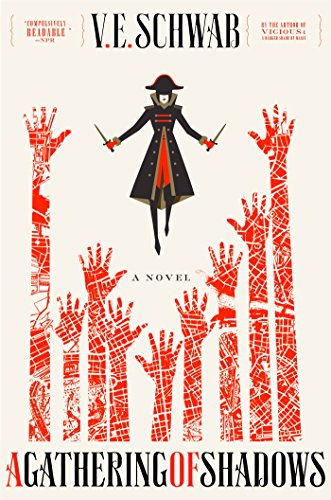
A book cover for A Gathering of Shadows; V. E. Schwab; Science Fiction & Fantasy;